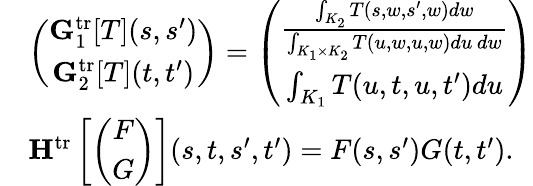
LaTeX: \begin{array}{rl}&{\left(\begin{array}{c}{\mathbf{G}_{1}^{\mathrm{tr}}[T](s,s^{\prime})}\\ {\mathbf{G}_{2}^{\mathrm{tr}}[T](t,t^{\prime})}\end{array}\right)=\left(\begin{array}{c}{\frac{\int_{K_{2}}T(s,w,s^{\prime},w)dw}{\int_{K_{1}\times K_{2}}T(u,w,u,w)du\, dw}}\\ {\int_{K_{1}}T(u,t,u,t^{\prime})du}\end{array}\right)}\\ &{\mathbf{H}^{\mathrm{tr}}\left[\left(\begin{array}{c}{F}\\ {G}\end{array}\right)\right](s,t,s^{\prime},t^{\prime})=F(s,s^{\prime})G(t,t^{\prime}).}\end{array}